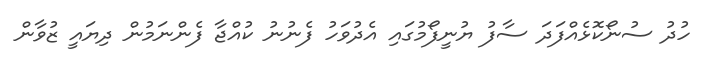
ހުދު ސުނޯކޮޅެއްފަދަ ސާފު ޔުނީފޯމުގައި އެދުވަހު ފެނުނު ކުއްޖާ ފެންނަމުން ދިޔައީ ޒުވާން